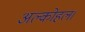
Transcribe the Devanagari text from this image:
अल्कोहल।